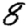
Digit: 8